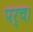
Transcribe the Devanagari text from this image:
पर्च।